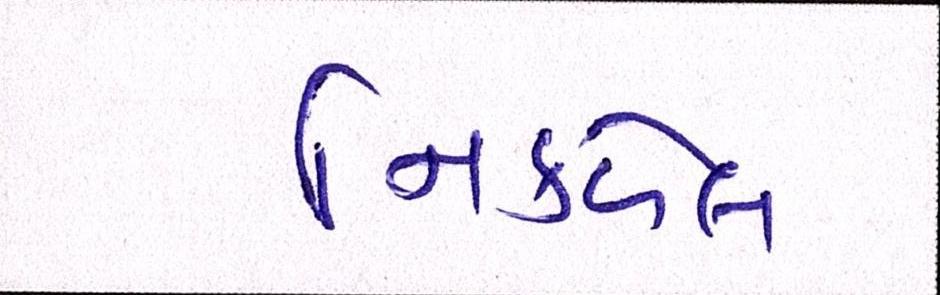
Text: નિકળેલ